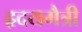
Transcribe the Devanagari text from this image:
हृदयमैत्री